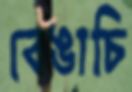
বেঙাচি